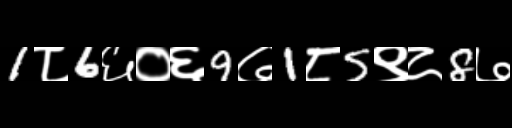
Text: 1८6६०६9७1८5९८8७